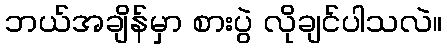
ဘယ်အချိန်မှာ စားပွဲ လိုချင်ပါသလဲ။